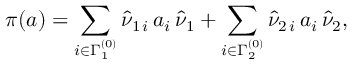
\pi ( a ) = \sum _ { i \in \Gamma _ { 1 } ^ { ( 0 ) } } \hat { \nu } _ { 1 \, i } \, a _ { i } \, \hat { \nu } _ { 1 } + \sum _ { i \in \Gamma _ { 2 } ^ { ( 0 ) } } \hat { \nu } _ { 2 \, i } \, a _ { i } \, \hat { \nu } _ { 2 } ,